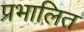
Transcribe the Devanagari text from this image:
प्रभालित